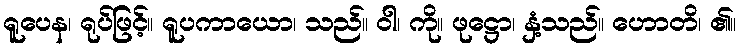
ရူပေန၊ ရုပ်ဖြင့်။ ရူပကာယော၊ သည်။ ဝါ၊ ကို။ ဖုဋ္ဌော၊ နှံ့သည်။ ဟောတိ၊ ၏။